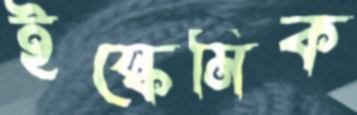
ইস্কেমিক